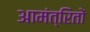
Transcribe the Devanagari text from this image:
आमंत्रितों